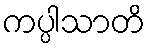
ကပ္ပါသာတိ